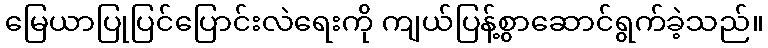
မြေယာပြုပြင်ပြောင်းလဲရေးကို ကျယ်ပြန့်စွာဆောင်ရွက်ခဲ့သည်။